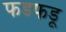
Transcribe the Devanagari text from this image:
फडफडू